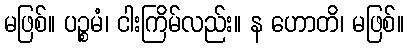
မဖြစ်။ ပဉ္စမံ၊ ငါးကြိမ်လည်း။ န ဟောတိ၊ မဖြစ်။